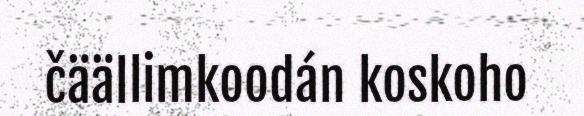
čäällimkoodán koskoho